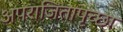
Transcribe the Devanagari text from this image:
अपराजितापृच्छा